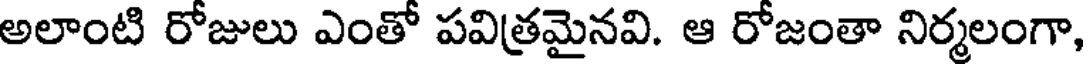
అలాంటి రోజులు ఎంతో పవిత్రమైనవి. ఆ రోజంతా నిర్మలంగా,